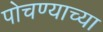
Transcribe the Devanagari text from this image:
पोचण्याच्या